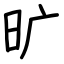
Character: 旷